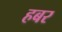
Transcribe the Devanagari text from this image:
हबर